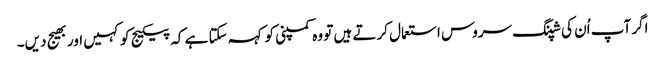
اگر آپ اُن کی شپنگ سروس استعمال کرتے ہیں تو وہ کمپنی کو کہہ سکتا ہے کہ پیکیج کو کہیں اور بھیج دیں۔